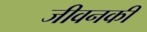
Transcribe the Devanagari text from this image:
जीवनकी